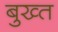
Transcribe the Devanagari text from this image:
बुख्त